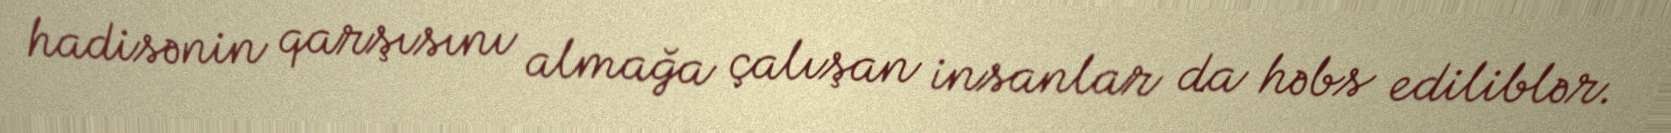
hadisənin qarşısını almağa çalışan insanlar da həbs ediliblər.